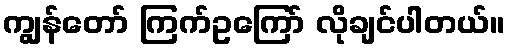
ကျွန်တော် ကြက်ဥကြော် လိုချင်ပါတယ်။